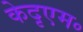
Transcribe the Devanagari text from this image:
केदृएम॰